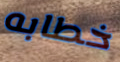
خطابه